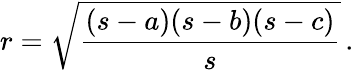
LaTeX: r={\sqrt{\frac{(s-a)(s-b)(s-c)}{s}}}\, .